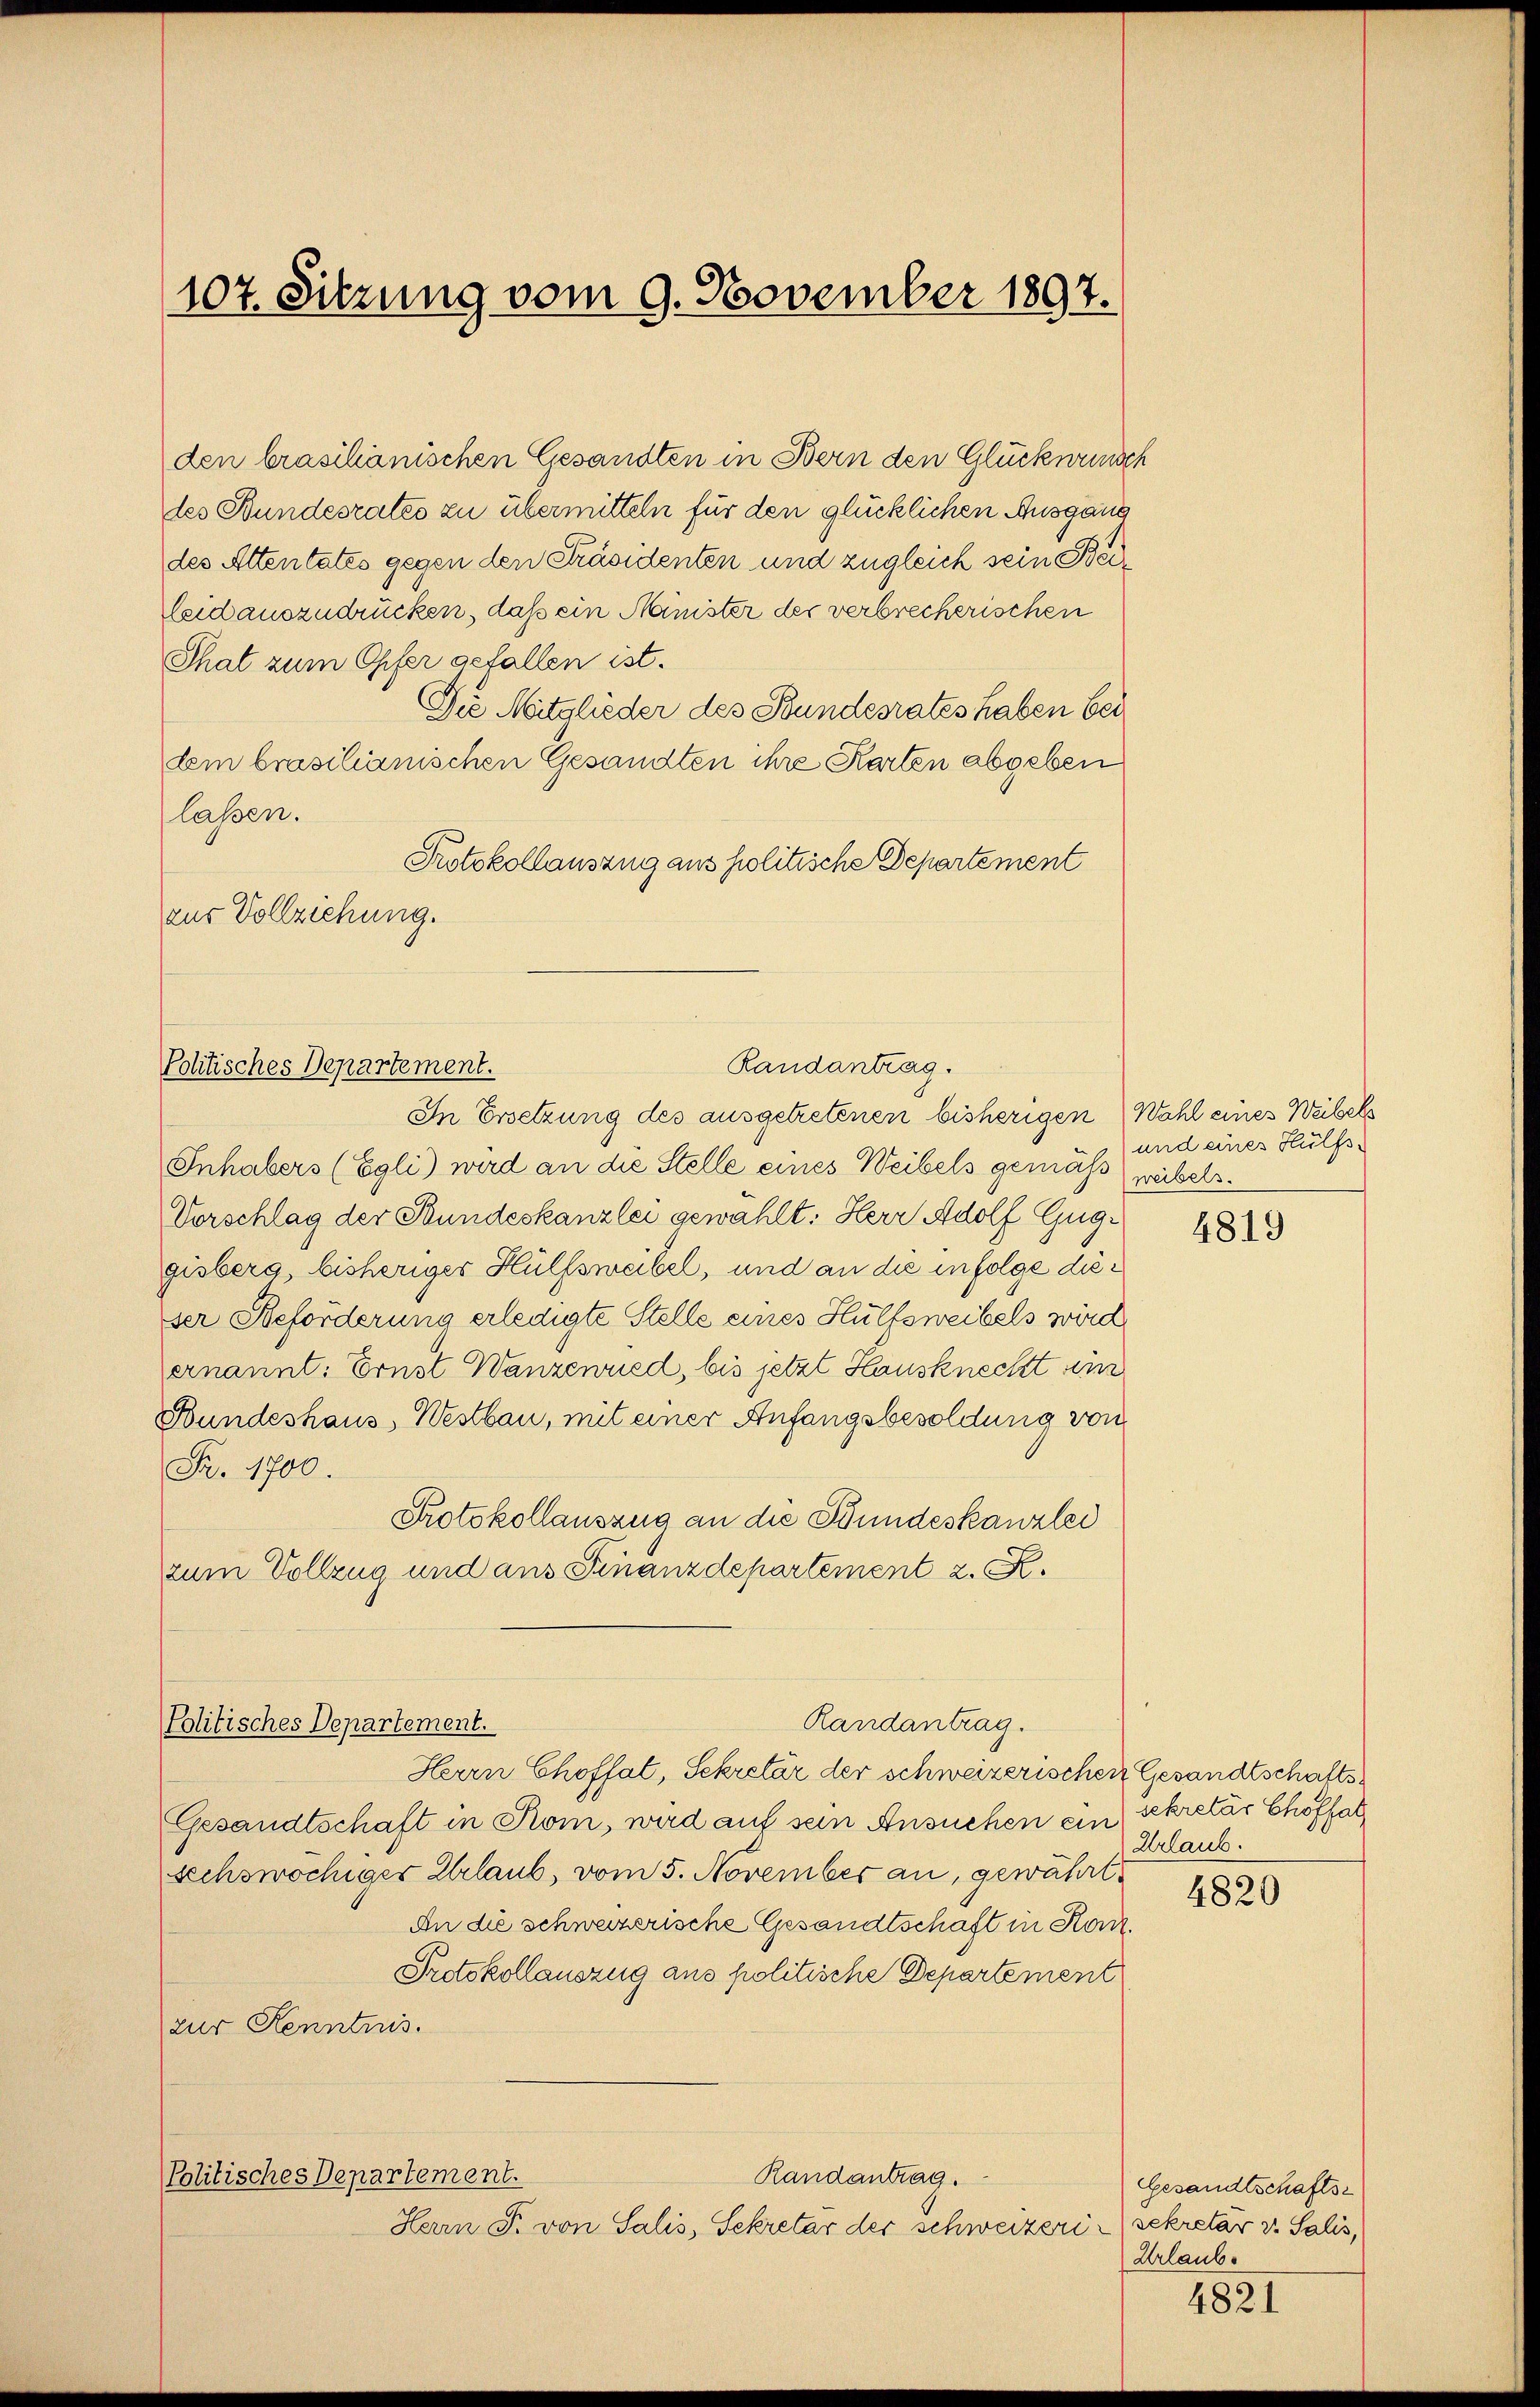
107. Sitzung vom 9. November 1897.

den braschanischen Gesandten in Bern den Glückwunsch
des Bundesrates zu übermitteln für den glücklichen Ausgang
des Attentates gegen den Präsidenten und zugleich sein Beileid auszudrücken, daß ein Manister der verbrecherischen
That zum Opfer gefallen ist.
Die Mitglieder des Bundesrates haben bei
dem brasilianischen Gesandten ihre Karten abgeben
lassen.
Protokollauszug aus politische Departement
aus Vollziehung.

Randantrag.
Politisches Departement.
In Ersetzung des ausgetretenen bisherigen (Wahl eines Weibels

Inhabers (Egli) wird an die Stelle eines Weibels gemäß weibels.
Vorschlag der Bundeskanzlei gewählt: Herr Adolf Guggisberg, bisheriger Hülfsweibel, und an die infolge dieser Beförderung erledigte Stelle eines Hülfsweibels wird
Zernannt: Ernst Wanzewred, bis jetzt Hausknecht ein
Bundeshaus, Westbau, mit einer Anfangsbesoldung von
Fr. 1700.
Protokollauszug an die Bundeskanzlei
zum Vollzug und aus Finanzdepartement 2. K.

Randantrag.
Politisches Departement.

Herrn Choffel, Sekretär der schweizerischen Gesandtschafts¬
Gesandtschaft in Rom, wird auf sein Ansuchen ein sekretär Choffal
Schswöchiger Urlaub, vom 5. November an, gewährt
An die schweizerische Gesandtschaft in Korn¬
Protokollauszug aus politische Departement
zur Kenntnis.
Politisches Departement.
Randantrag.
Herrn F. von Salis, Sekretär der schweizeri-sekretär v. Salis,

und eines Hülfs¬

4819

Urlaub.

4820

Gesandtschafts-
Urlaube

4821